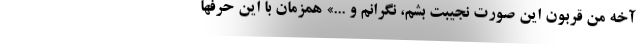
آخه من قربون اين صورت نجيبت بشم، نگرانم و ...» همزمان با اين حرفها